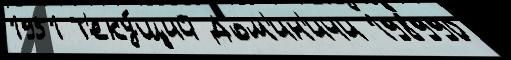
1951 Т'еку́щий Дом'ин'ичи 198990